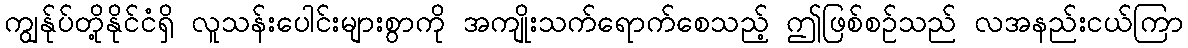
ကျွန်ုပ်တို့နိုင်ငံရှိ လူသန်းပေါင်းများစွာကို အကျိုးသက်ရောက်စေသည့် ဤဖြစ်စဉ်သည် လအနည်းငယ်ကြာ